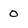
Character: 0